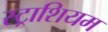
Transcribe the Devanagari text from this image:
स्ट्राशियम